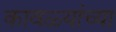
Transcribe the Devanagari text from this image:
कावळ्यांच्या